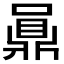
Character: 𪔅